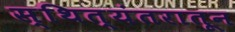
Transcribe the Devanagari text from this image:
स्थित्यंतरातून